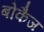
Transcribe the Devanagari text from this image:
बोकैज